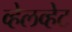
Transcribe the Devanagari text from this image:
व्हेलव्हेट